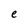
Character: e